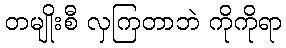
တမျိုးစီ လှကြတာဘဲ ကိုကိုရာ